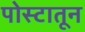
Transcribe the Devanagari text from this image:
पोस्टातून